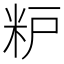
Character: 粐